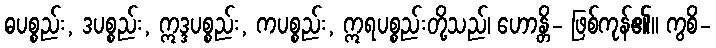
ဓပစ္စည်း, ဒပစ္စည်း, ဣဒ္ဒပစ္စည်း, ကပစ္စည်း, ဣရပစ္စည်းတို့သည်၊ ဟောန္တိ- ဖြစ်ကုန်၏။ ကွစိ-